Report on vaccination in the Province of Bengal - 1869-1873
Year: 1869
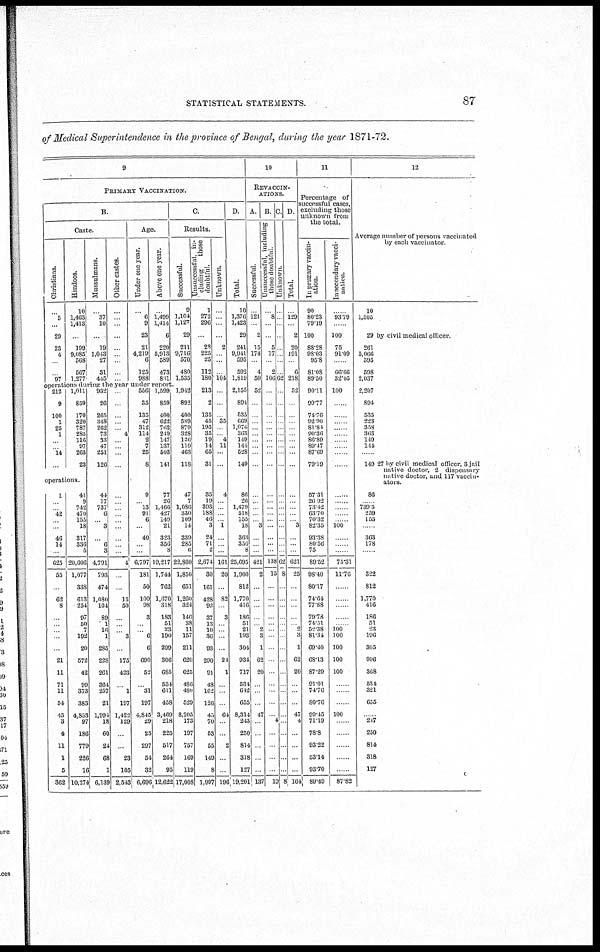
STATISTICAL STATEMENTS.
87
of Medical Superintendence in the province of Bengal, during the year 1871-72.
9
PRIMARY VACCINATION.
B.
Caste.
Christians.
...
5
...
29
23
4
...
...
97
Hindoos.
10
1,463
1,413
...
199
9,085
568
567
1,277
Mussulmans.
...
37
10
...
19
1,043
27
31
445
Other castes.
...
...
...
...
...
...
...
...
...
Age.
Under one year.
...
6
9
23
21
4,219
6
125
988
Above one year.
1,499
1,414
6
220
5,913
589
473
881
C.
Results.
Successful.
9
1,104
1,127
29
211
9,716
570
480
1,535
operations durting the year under report.
212
9
100
1
25
1
...
... 14
...
1,011
859
170
320
787
285
116
97
263
23
operations.
1
...
... 42
...
...
46
14
...
625
55
...
62
8
...
...
...
...
...
21
11
71
11
54
45
3
4
11
1
5
362
41
9
742
470
155
18
317
336
5
20,606
1,077
338
613
254
97
50
7
192
20
572
42
99
373
383
4,853
97
186
779
226
16
10,274
932
26
265
348
262
73
33
47
251
126
44
17
737
6
... 3
...
6
3
4,791
793
474
1,080
104
89
1
16
1
285
228
261
364
257
21
1,994
18
60
24
68
1
6,139
...
...
...
...
... 4
...
...
...
...
...
...
...
...
...
...
...
...
...
4
...
...
15
50
...
...
... 3
...
175
423
...
1
197
1,422
129
...
...
23
105
2,543
556
35
135
47
312
114
2
7
25
8
9
13
91
6
.
40
6,797
181
50
100
98
3
6
6
690
52
31
197
4,845
29
25
297
54
32
6,696
1,599
859
400
622
762
249
147
137
503
141
77
26
1,466
427
149
21
323
356
3
19,217
1,744
762
1,670
318
183
51
23
190
299
306
685
534
611
458
3,469
218
225
517
264
95
12,622
1,942
892
400
589
879
328
126
119
463
118
47
7
1,086
330
109
14
339
285
6
22,860
1,850
651
1,260
324
146
38
11
157
211
620
625
486
480
529
8,205
173
197
757
169
119
17,008
Unsuccessful, in-
cluding
those
doubtful.
1
272
296
...
28
225
25
112
180
213
2
135
45
195
35
19
14
65
31
35
19
393
188
46
3
24
71
2
2,674
30
161
428
92
37
13
10
36
93
290
91
48
162
126
45
70
53
55
149
8
1,997
Unknown.
...
...
...
...
2
...
...
...
104
...
...
...
35
...
... 4
11
...
...
4
...
...
...
... 1
...
...
...
161
20
...
82
...
3
...
...
...
...
24
1
...
...
...
64
...
...
2
...
...
196
D.
Total.
10
1,376
1,423
29
241
9,941
595
592
1,819
2,155
894
535
669
1,074
363
149
144
528
149
86
26
1,479
518
155
18
363
356
8
25,695
1,900
812
1,770
416
186
51
21
193
304
934
717
534
642
655
8,314
243
250
814
318
127
19,201
10
REVACCIN-
ATIONS.
A.
Successful
...
121
...
2
15
174
...
4
50
52
...
...
...
...
...
...
...
...
...
...
...
...
...
... 3
...
...
...
421
2
...
...
...
...
... 2
3
1
62
20
...
...
...
47
...
...
...
...
...
137
B.
Unsuccessful, including
those doubtful
...
8
...
...
5
17
...
2
106
...
...
...
...
...
...
...
...
...
...
...
...
...
...
...
...
...
...
...
138
15
...
...
...
...
...
...
...
...
...
...
...
...
...
...
4
...
...
...
...
19
C
Unknown.
...
...
...
...
...
...
...
...
62
...
...
...
...
...
...
...
...
...
...
...
...
...
...
...
...
...
...
...
62
8
...
...
...
...
...
...
...
...
...
...
...
...
...
...
...
...
...
...
...
8
D.
Total.
...
129
...
2
20
191
...
6
218
52
...
...
...
...
...
...
...
...
...
...
...
...
...
... 3
...
...
...
621
25
...
...
...
...
... 2
3
1
62
20
...
...
...
47
4
...
...
...
...
164
11
Percentage of
successful cases,
excluding those
unknown from
the total.
In primary vaccin-
ation.
90
80.23
79.19
100
88.28
98.03
95.8
81.08
89.50
90.11
99.77
74.76
92.90
81.84
90.36
86.89
89.47
87.69
79.19
57.31
26.92
73.42
63.70
70.32
82.35
93.38
80.56
75
89.52
98.40
80.17
74.64
77.88
79.78
74.51
52.38
81.34
69.40
68.13
87.29
91.01
74.70
80.76
99.45
71.19
78.8
93.22
53.14
93.70
89.49
In secondary vacci-
nation.
......
93.79
......
100
75
91.09
......
66.66
32.05
100
......
......
......
......
......
......
......
......
......
......
......
......
......
...... 100
......
......
......
75.31
11.76
......
......
......
......
...... 100
100
100
100
100
......
......
......
100
......
......
......
......
......
87.82
12
Average number of persons vaccinated
by each vaccinator.
10
1,505
29 by civil medical officer
261
5,066
595
598
2,037
2,207
894
535
223
358
363
149
144
......
149 27 by civil medical officer, 3 jail
native doctor, 2 dispensary
native doctor, and 117 vaccin-
ator.
86
...... 739.5
259
155
......
363
178
......
322
812
1,770
416
186
51
23
196
305
996
368
534
321
655
......
247
250
814
318
127